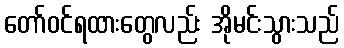
တော်ဝင်ရထားတွေလည်း အိုမင်းသွားသည်